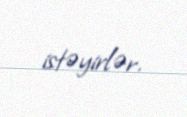
istəyirlər.